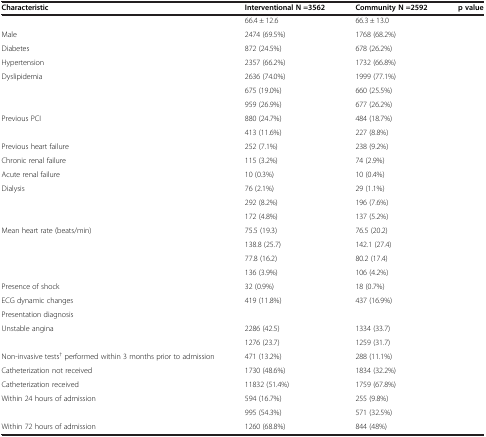
<table><thead><tr><td><b>Characteristic</b></td><td><b>Interventional N =3562</b></td><td><b>Community N =2592</b></td><td><b>p value</b></td></tr></thead><tbody><tr><td>[EMPTY_CELL]</td><td>66.4 ± 12.6</td><td>66.3 ± 13.0</td><td>[EMPTY_CELL]</td></tr><tr><td>Male</td><td>2474 (69.5%)</td><td>1768 (68.2%)</td><td>[EMPTY_CELL]</td></tr><tr><td>Diabetes</td><td>872 (24.5%)</td><td>678 (26.2%)</td><td>[EMPTY_CELL]</td></tr><tr><td>Hypertension</td><td>2357 (66.2%)</td><td>1732 (66.8%)</td><td>[EMPTY_CELL]</td></tr><tr><td>Dyslipidemia</td><td>2636 (74.0%)</td><td>1999 (77.1%)</td><td>[EMPTY_CELL]</td></tr><tr><td>[EMPTY_CELL]</td><td>675 (19.0%)</td><td>660 (25.5%)</td><td>[EMPTY_CELL]</td></tr><tr><td>[EMPTY_CELL]</td><td>959 (26.9%)</td><td>677 (26.2%)</td><td>[EMPTY_CELL]</td></tr><tr><td>Previous PCI</td><td>880 (24.7%)</td><td>484 (18.7%)</td><td>[EMPTY_CELL]</td></tr><tr><td>[EMPTY_CELL]</td><td>413 (11.6%)</td><td>227 (8.8%)</td><td>[EMPTY_CELL]</td></tr><tr><td>Previous heart failure</td><td>252 (7.1%)</td><td>238 (9.2%)</td><td>[EMPTY_CELL]</td></tr><tr><td>Chronic renal failure</td><td>115 (3.2%)</td><td>74 (2.9%)</td><td>[EMPTY_CELL]</td></tr><tr><td>Acute renal failure</td><td>10 (0.3%)</td><td>10 (0.4%)</td><td>[EMPTY_CELL]</td></tr><tr><td>Dialysis</td><td>76 (2.1%)</td><td>29 (1.1%)</td><td>[EMPTY_CELL]</td></tr><tr><td>[EMPTY_CELL]</td><td>292 (8.2%)</td><td>196 (7.6%)</td><td>[EMPTY_CELL]</td></tr><tr><td>[EMPTY_CELL]</td><td>172 (4.8%)</td><td>137 (5.2%)</td><td>[EMPTY_CELL]</td></tr><tr><td>Mean heart rate (beats/min)</td><td>75.5 (19.3)</td><td>76.5 (20.2)</td><td>[EMPTY_CELL]</td></tr><tr><td>[EMPTY_CELL]</td><td>138.8 (25.7)</td><td>142.1 (27.4)</td><td>[EMPTY_CELL]</td></tr><tr><td>[EMPTY_CELL]</td><td>77.8 (16.2)</td><td>80.2 (17.4)</td><td>[EMPTY_CELL]</td></tr><tr><td>[EMPTY_CELL]</td><td>136 (3.9%)</td><td>106 (4.2%)</td><td>[EMPTY_CELL]</td></tr><tr><td>Presence of shock</td><td>32 (0.9%)</td><td>18 (0.7%)</td><td>[EMPTY_CELL]</td></tr><tr><td>ECG dynamic changes</td><td>419 (11.8%)</td><td>437 (16.9%)</td><td>[EMPTY_CELL]</td></tr><tr><td>Presentation diagnosis</td><td>[EMPTY_CELL]</td><td>[EMPTY_CELL]</td><td>[EMPTY_CELL]</td></tr><tr><td>Unstable angina</td><td>2286 (42.5)</td><td>1334 (33.7)</td><td>[EMPTY_CELL]</td></tr><tr><td>[EMPTY_CELL]</td><td>1276 (23.7)</td><td>1259 (31.7)</td><td>[EMPTY_CELL]</td></tr><tr><td>Non-invasive tests<sup>†</sup> performed within 3 months prior to admission</td><td>471 (13.2%)</td><td>288 (11.1%)</td><td>[EMPTY_CELL]</td></tr><tr><td>Catheterization not received</td><td>1730 (48.6%)</td><td>1834 (32.2%)</td><td>[EMPTY_CELL]</td></tr><tr><td>Catheterization received</td><td>11832 (51.4%)</td><td>1759 (67.8%)</td><td>[EMPTY_CELL]</td></tr><tr><td>Within 24 hours of admission</td><td>594 (16.7%)</td><td>255 (9.8%)</td><td>[EMPTY_CELL]</td></tr><tr><td>[EMPTY_CELL]</td><td>995 (54.3%)</td><td>571 (32.5%)</td><td>[EMPTY_CELL]</td></tr><tr><td>Within 72 hours of admission</td><td>1260 (68.8%)</td><td>844 (48%)</td><td>[EMPTY_CELL]</td></tr></tbody></table>